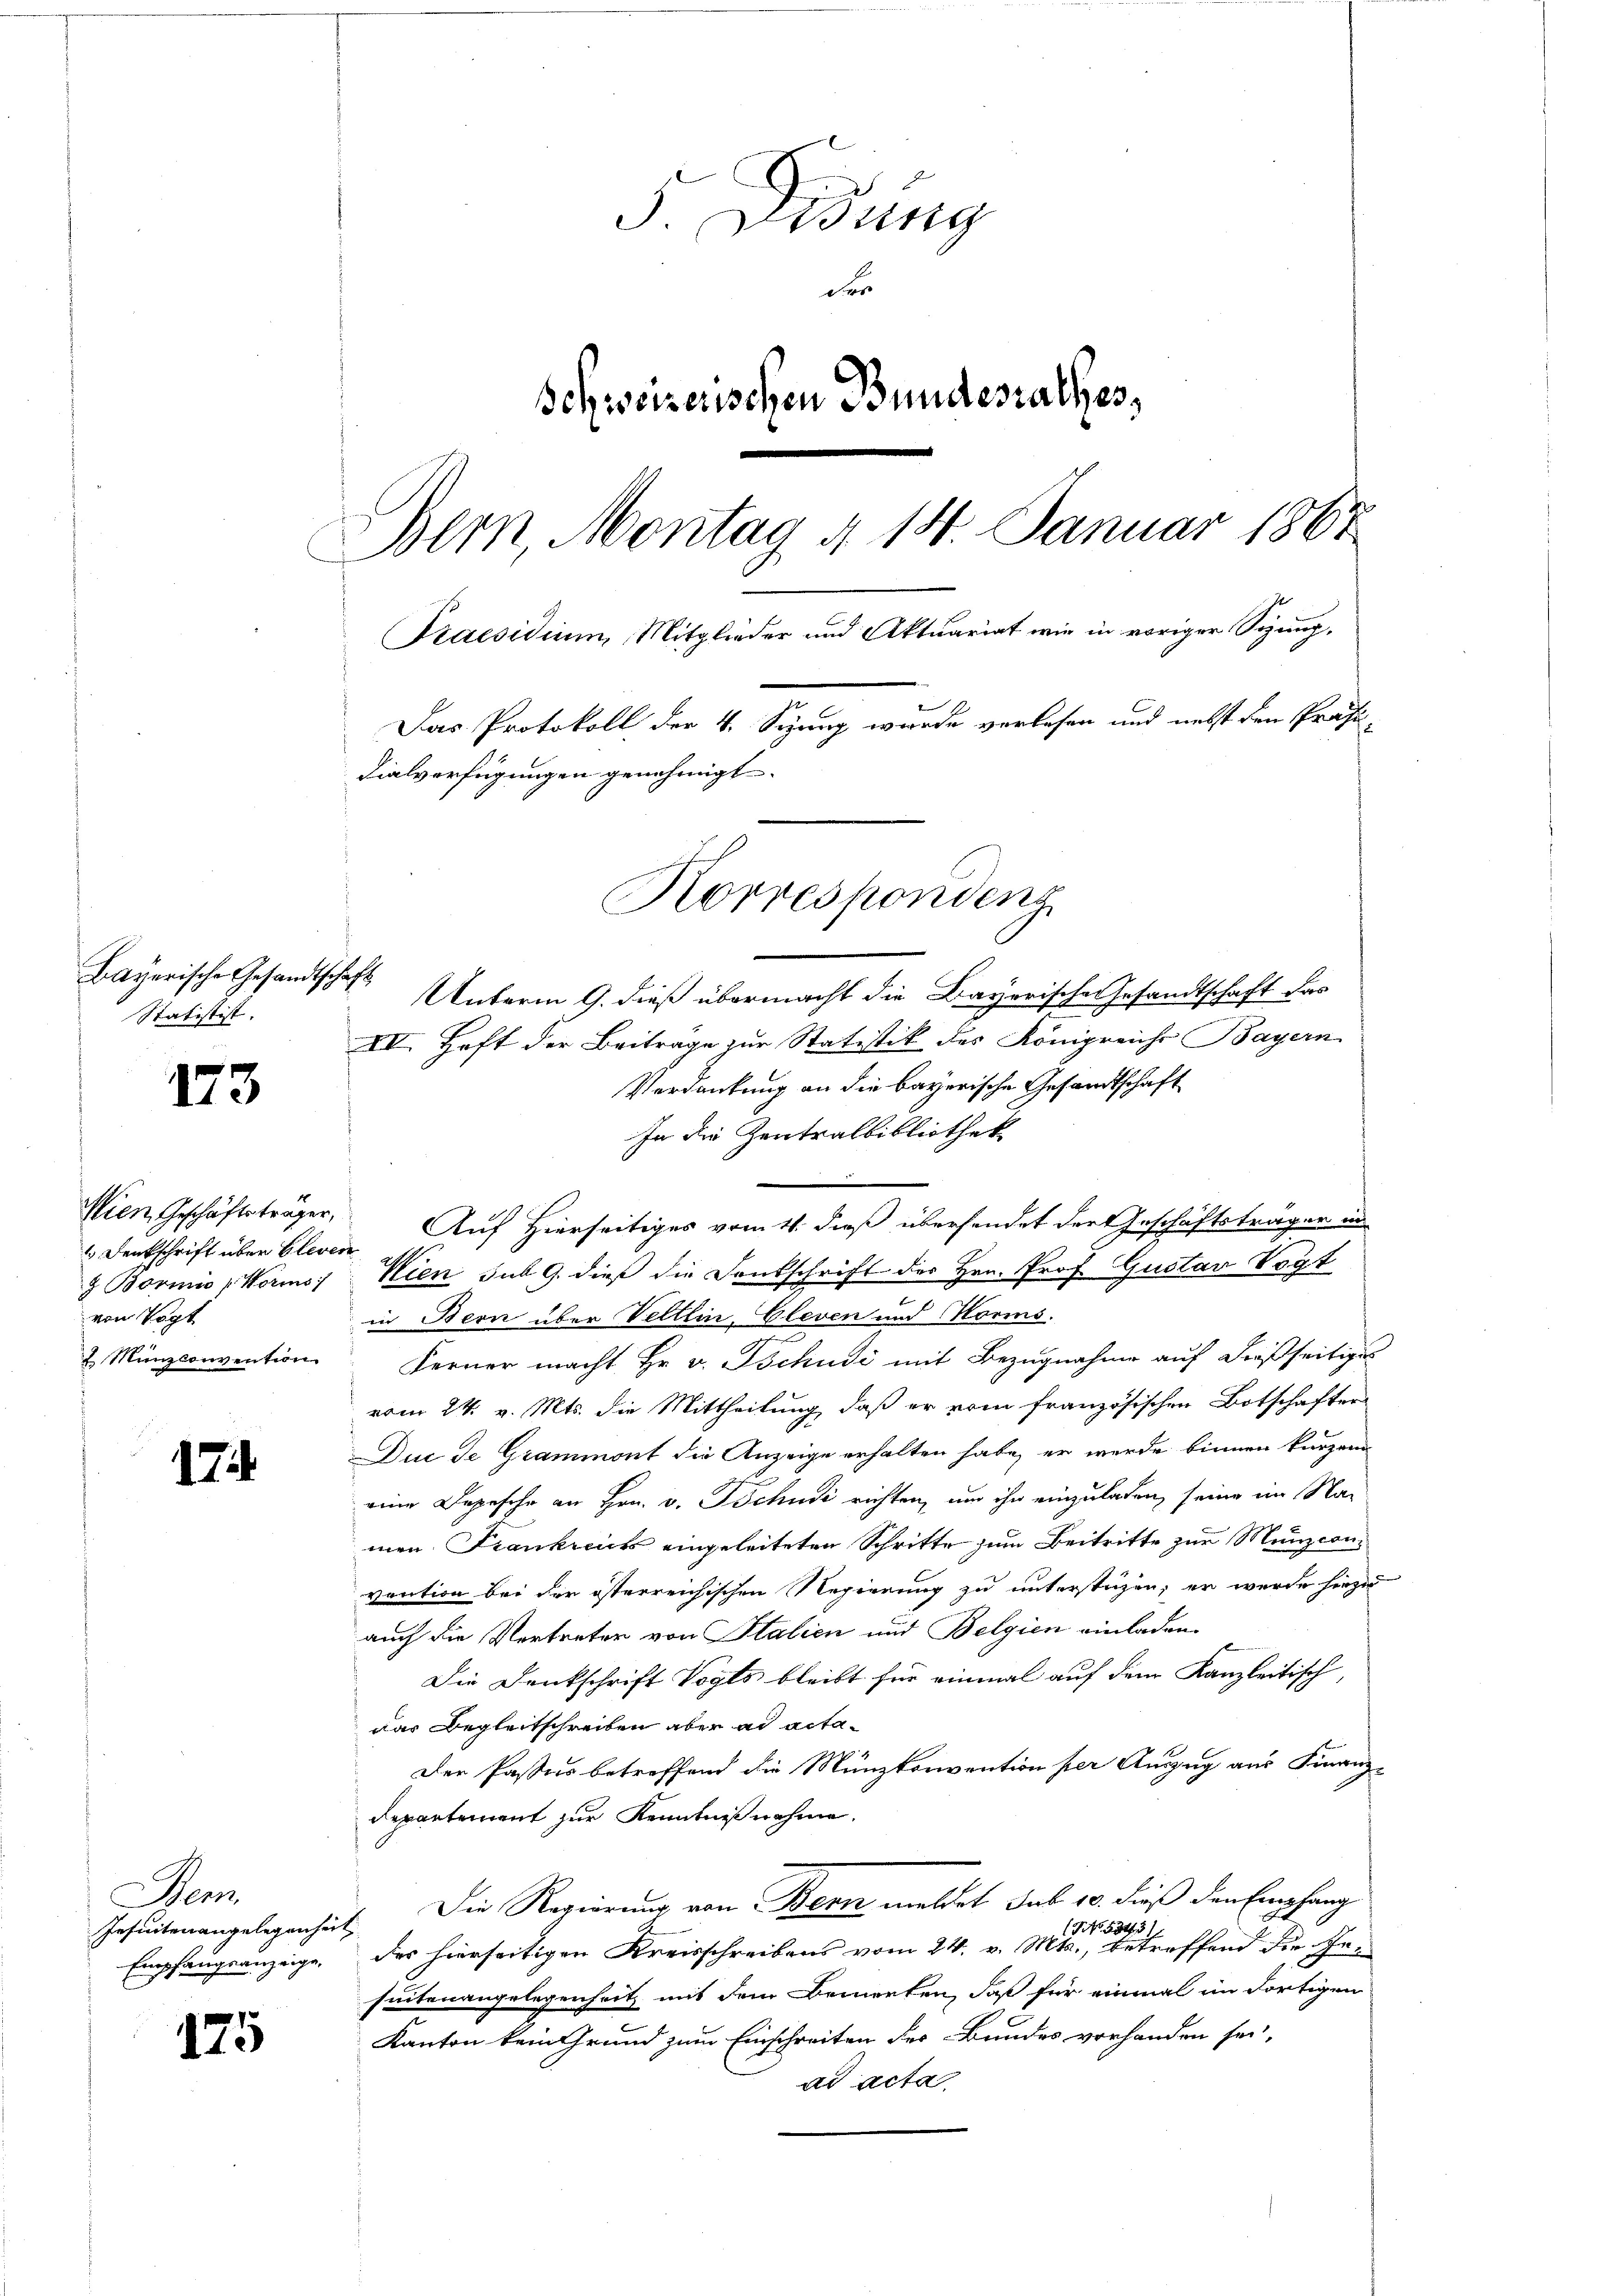
Bayerische Gesandtschaft
Statistist.

173

Denkschrift über Clever
von Vogt

17.

Bem.
Insuiten angelegenheit

175

5. Didung
der
Schweizerischen Bundesrathes,
Bern, Montag d. 14. Januar 1867
Praesidium, Mitglieder und Aktuariat wie in voriger Sizung,
Das Protokoll der 4. Syzung wurde vorlesen und nebst dem Präfis-
dialverfügungen genehmigt.

Unterm 9. dieß übermacht die Bayerische Gesandtschaft das
VI. Haft der Beiträge zur Statistik des Königreiche Bayern
Verdankung an die bayerische Gesandtschaft
In die Zentralbibliothek
Wien, Geschäftsträger, Auf Hierseitiges vom 4. dieß übersendet der Geschäftsträger in
§ Bormie Worms, Kien sub 9. dieß die Dankschrift des Hrn. Prof. Gustav Vogt
in Bern über Veltlin, Cleven und Norms.
2 Münzconvention Ferner macht Hr. v. Tschudi mit Bezugnahme auf dießseitiges
vom 24. v. Mts. die Mittheilung, daß er vom französischen Botschafter
Due de Grammont die Anzeige erhalten habe, er wurde binnen kurzen
eine Depesche an Hrn. v. Tschudi richten, um ihn einzuladen, seine im Na-
men. Frankreits eingeleiteten Schritte zum Beitritte zur Munzconvention bei der österreichischen Regierung zu unterstüzen; er wurde hiezu
auch die Vertreten von Italien und Belgien einladen.
Die Denkschrift Vogts bleibt für einmal auf dem Kanzleitisch,
das Begleitschreiben aber ad acta¬
Der Passus betreffend die Münzkonvention per Auszug aus Finanz-
Departement zur Kenntnißnahme.
Die Regierung von Bern meldet sub 10. dieß den Empfang
(NNo. 5343
Empfangsanzeige, des hierseitigen Kreisschreibens vom 24. v. Mts., betreffend die Geseitenangelegenheit mit dem Bemerken, daß für einmal im dortigen
Kanton kein Grund zum Einschreiten des Bundes vorhanden sei,
ad acta,

Korrespondenz